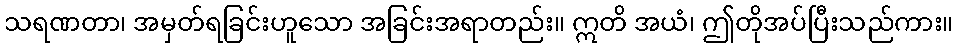
သရဏတာ၊ အမှတ်ရခြင်းဟူသော အခြင်းအရာတည်း။ ဣတိ အယံ၊ ဤတိုအပ်ပြီးသည်ကား။